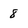
Character: 8